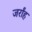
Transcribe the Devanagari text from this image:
जर्रांह